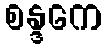
စန္ဒကေ